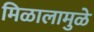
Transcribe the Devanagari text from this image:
मिळालामुळे